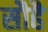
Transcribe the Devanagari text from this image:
सौहै